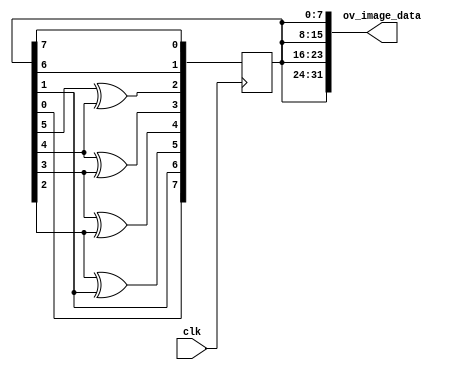
//-------------------------------------------------------------------------------------------------
//  --    : , 2010 -2015.
//  --      .
//  --          : FPGA
//  --        : gen_wr_data
//  --        : 
//-------------------------------------------------------------------------------------------------
//
//  --  :
//
//  --          :| 				:|  
//-------------------------------------------------------------------------------------------------
//  --        :| 2014/6/9 16:25:06	:|  
//-------------------------------------------------------------------------------------------------
//
//  --      :
//              1)  : ... ...
//
//              2)  : ... ...
//
//              3)  : ... ...
//
//-------------------------------------------------------------------------------------------------
//`include			"gen_wr_data_def.v"
///
`timescale 1ns/1ps
//-------------------------------------------------------------------------------------------------

module gen_wr_data (
	input			clk		,
	//	input			reset	,
	output	[31:0]	ov_image_data

	);

	//	ref signals

	reg		[7:0]	lfsr 	= 8'hab;

	//	ref ARCHITECTURE


	always @ (posedge clk) begin
		lfsr[0]	<= lfsr[7];
		lfsr[1]	<= lfsr[6];
		lfsr[2]	<= lfsr[5]^lfsr[4];
		lfsr[3]	<= lfsr[4]^lfsr[3];
		lfsr[4]	<= lfsr[3]^lfsr[2];
		lfsr[5]	<= lfsr[2]^lfsr[1];
		lfsr[6]	<= lfsr[1];
		lfsr[7]	<= lfsr[0];
	end

	assign	ov_image_data	= {4{lfsr}};

endmodule